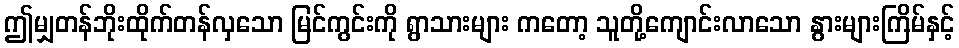
ဤမျှတန်ဘိုးထိုက်တန်လှသော မြင်ကွင်းကို ရွာသားများ ကတော့ သူတို့ကျောင်းလာသော နွားများကြိမ်နှင့်